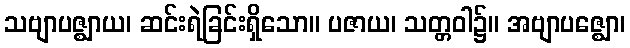
သဗျာပဇ္ဈာယ၊ ဆင်းရဲခြင်းရှိသော။ ပဇာယ၊ သတ္တဝါ၌။ အဗျာပဇ္ဈော၊